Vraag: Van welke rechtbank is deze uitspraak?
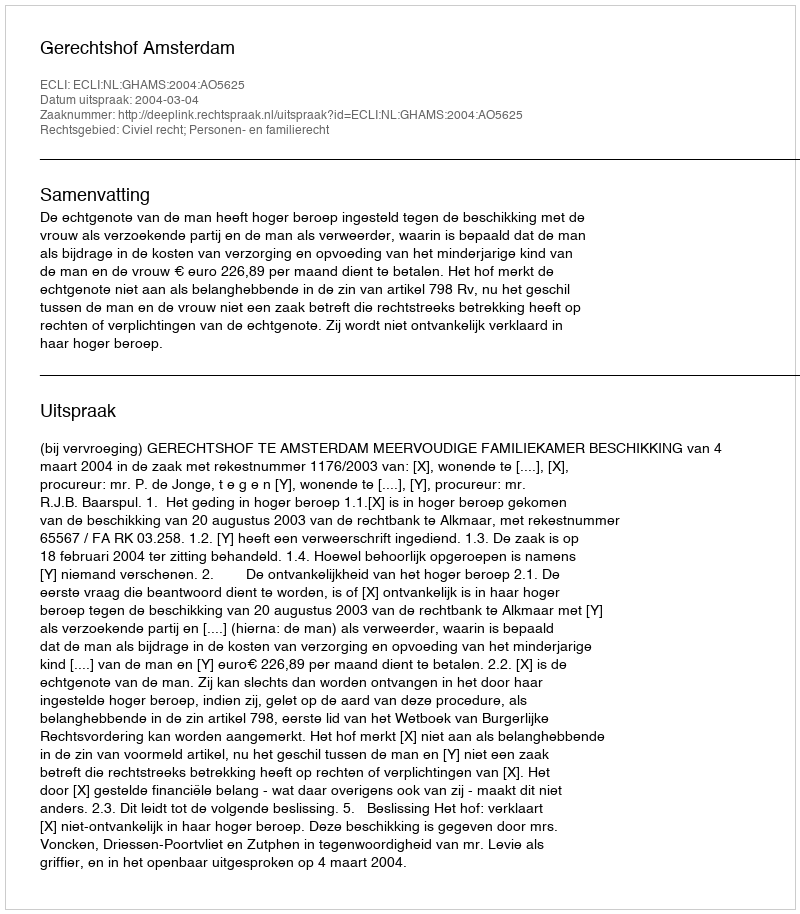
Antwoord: Gerechtshof Amsterdam